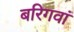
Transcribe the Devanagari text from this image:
बरिगवां